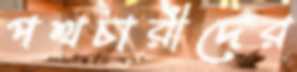
পথচারীদের